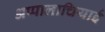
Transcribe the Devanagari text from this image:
अप्पालाचियाई